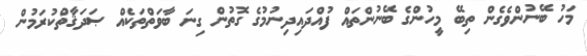
މަހު ބޭނުންވެގެން ތިބޭ މީހުންގެ ބޭނުންތައް ފުއްދައިދިނުމުގެ ގޮތުން ގިނަ ބާވަތްތަކެއް ޞަދަޤާތްކުރަމުން